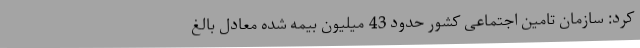
کرد: سازمان تامین اجتماعی کشور حدود 43 میلیون بیمه شده معادل بالغ